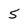
Character: 5